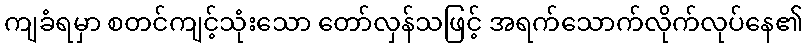
ကျခံရမှာ စတင်ကျင့်သုံးသော တော်လှန်သဖြင့် အရက်သောက်လိုက်လုပ်နေ၏